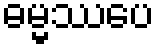
ဓမ္မဿပေ